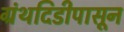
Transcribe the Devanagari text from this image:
ग्रंथदिडीपासून